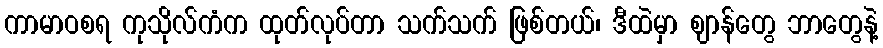
ကာမာဝစရ ကုသိုလ်ကံက ထုတ်လုပ်တာ သက်သက် ဖြစ်တယ်၊ ဒီထဲမှာ ဈာန်တွေ ဘာတွေနဲ့